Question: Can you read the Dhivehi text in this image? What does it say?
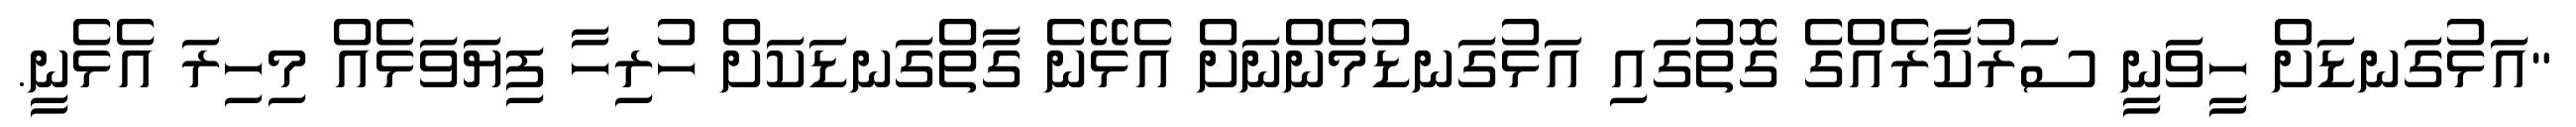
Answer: "އަޅުގަނޑަށް ހީވަނީ ސަރުކާރެއްގެ ގޮތުގައި އަޅުގަނޑުމެންނަށް އެޅޭނެ ގާތްގަނޑަކަށް ހުރިހާ ފިޔަވަޅެއް މިހިރަ އެޅެނީ.